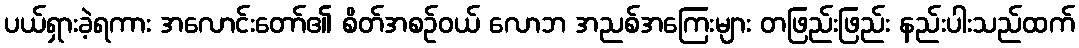
ပယ်ရှားခဲ့ရကား အလောင်းတော်၏ စိတ်အစဉ်ဝယ် လောဘ အညစ်အကြေးများ တဖြည်းဖြည်း နည်းပါးသည်ထက်